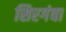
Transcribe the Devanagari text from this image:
सिरगंवा